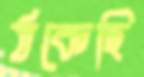
ঠকেছি